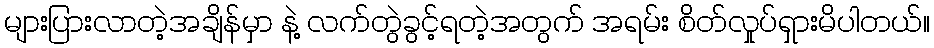
များပြားလာတဲ့အချိန်မှာ နဲ့ လက်တွဲခွင့်ရတဲ့အတွက် အရမ်း စိတ်လှုပ်ရှားမိပါတယ်။